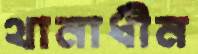
থানাধীন